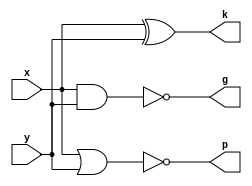
`timescale 1ns / 1ps

module pg( x,y,p,g,k);
  
  input x;
  input y;
  output p;
  output g;
  output k;

  nor nor1(p,x,y);
  nand nand1(g,x,y);
  xor xor1(k,x,y);

endmodule